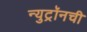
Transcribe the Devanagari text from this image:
न्युट्रॉनची